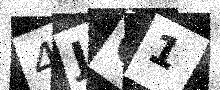
Text: 4JC1